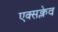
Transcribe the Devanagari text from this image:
एक्सक्लेव